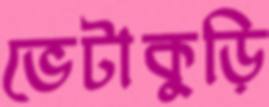
ভেটাকুড়ি